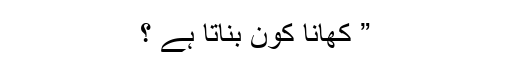
” کھانا کون بناتا ہے ؟